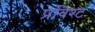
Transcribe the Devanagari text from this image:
प्रविश्ट